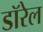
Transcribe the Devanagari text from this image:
डॉरेल